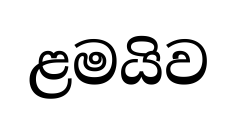
ළමයිව